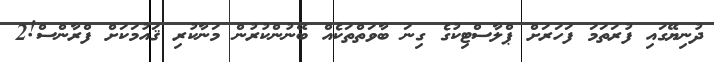
ދުނިޔޭގައި ފުރަތަމަ ފަހަރަށް ޕްލާސްޓިކުގެ ގިނަ ބާވަތްތަކެއް ބޭނުންކުރުން މަނާކުރި ޤައުމަކަށް ފްރާންސް!2